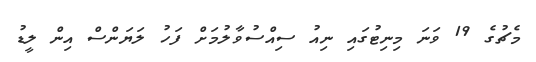
މެޗުގެ 19 ވަނަ މިނިޓުގައި ނިއު ސިއްސުވާލުމަށް ފަހު ލަޔަންސް އިން ލީޑު